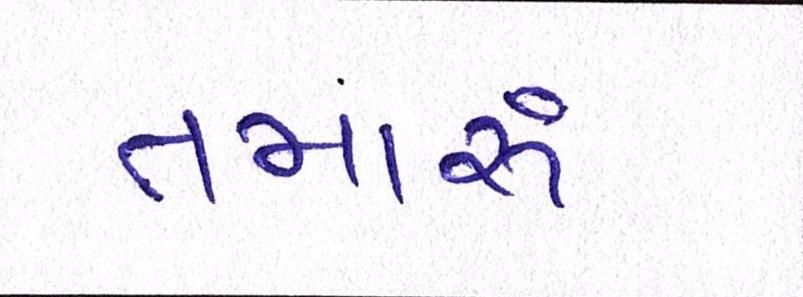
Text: તમારું